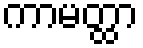
ကာမတ္ထာ